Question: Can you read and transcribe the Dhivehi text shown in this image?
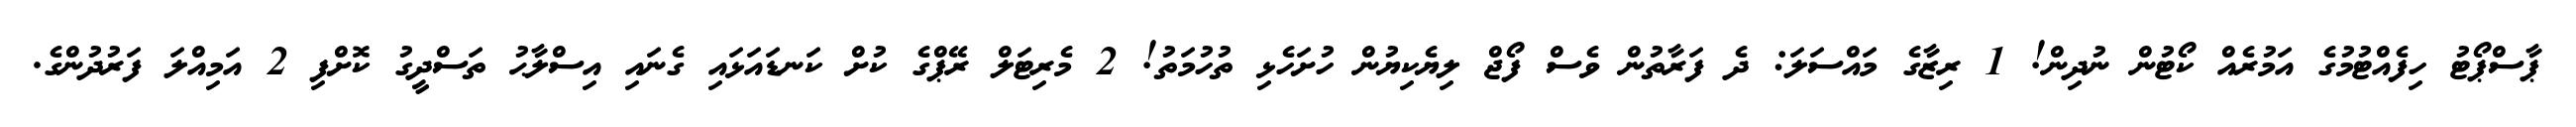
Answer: ޕާސްޕޯޓު ހިފެއްޓުމުގެ އަމުރެއް ކޯޓުން ނުދިން! 1 ރިޒާގެ މައްސަލަ: ދެ ފަރާތުން ވެސް ފޯޖް ލިޔެކިޔުން ހުށަހެޅި ތުހުމަތު! 2 މެރިޓަލް ރޭޕްގެ ކުށް ކަނޑައަޅައި ގެނައި އިސްލާޙު ތަސްދީގު ކޮށްފި 2 އަމިއްލަ ފަރުދުންގެ.